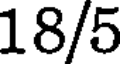
18/5